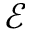
\mathcal { E }